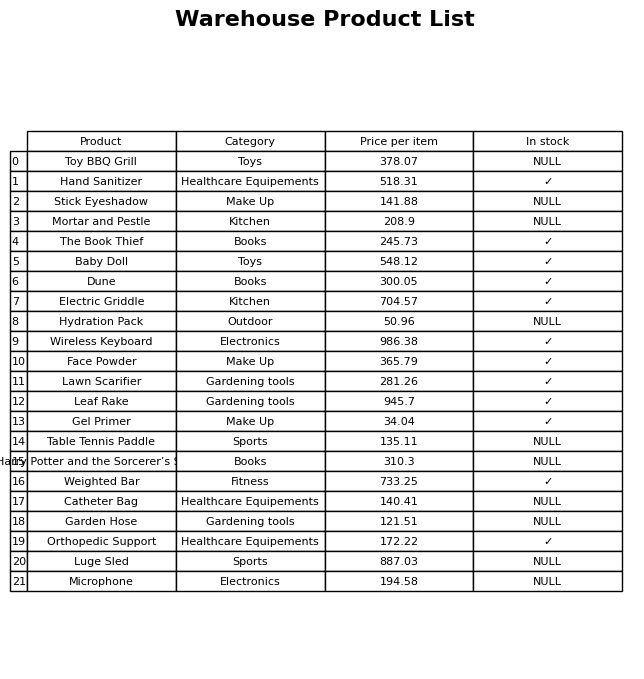
question: What is the price for Garden Hose?
answer: The price of Garden Hose is 121.51.